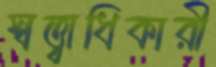
স্বত্ত্বাধিকারী